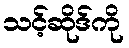
သင့်ဆိုဒ်ကို